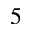
_ 5